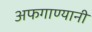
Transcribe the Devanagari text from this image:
अफगाण्यानी